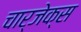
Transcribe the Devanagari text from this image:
चार्जेक्स